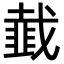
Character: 韯